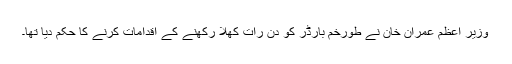
وزیرِ اعظم عمران خان نے طورخم بارڈر کو دن رات کھلا رکھنے کے اقدامات کرنے کا حکم دیا تھا۔